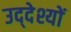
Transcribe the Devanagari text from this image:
उद्‌देश्यों